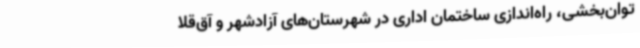
توان‌بخشی، راه‌اندازی ساختمان اداری در شهرستان‌های آزادشهر و آق‌قلا